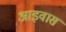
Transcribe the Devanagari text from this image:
आइवास